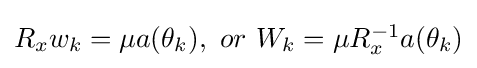
\textstyle R_{x}w_{k}=\mu a(\theta _{k}),\ or\ W_{k}=\mu R_{x}^{-1}a(\theta _{k})